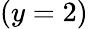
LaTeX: (y=2)